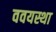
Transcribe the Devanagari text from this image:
ववयस्था